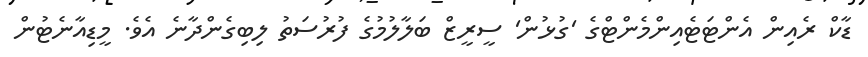
ޑާކް ރެއިން އެންޓަޓެއިންމެންޓްގެ 'ގުޅުން' ސީރީޒް ބަލާލުމުގެ ފުރުސަތު ލިބިގެންދާނެ އެވެ. މީޑިއާނެޓުން